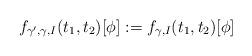
LaTeX: \begin{align*} f_{\gamma', \gamma, I}(t_1, t_2)[\phi] &:= f_{\gamma, I}(t_1, t_2)[\phi]\end{align*}